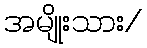
အမျိုးသား/